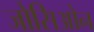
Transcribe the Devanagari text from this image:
जोसिओन